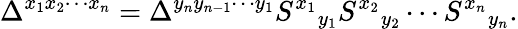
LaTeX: \Delta^{x_{1}x_{2}\cdots x_{n}}=\Delta^{y_{n}y_{n-1}\cdots y_{1}}S^{x_{1}}{}_{y_{1}}S^{x_{2}}{}_{y_{2}}\cdots S^{x_{n}}{}_{y_{n}}.